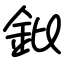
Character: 鈚